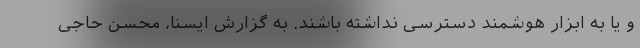
و یا به ابزار هوشمند دسترسی نداشته باشند. به گزارش ایسنا، محسن حاجی